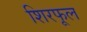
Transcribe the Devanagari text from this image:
शिरफूल